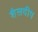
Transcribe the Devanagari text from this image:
शैलदीप